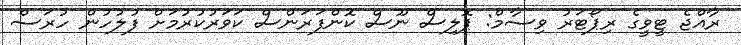
ރާއްޖެ ޓީވީގެ ރިޕޯޓަރު ވިސާމް: ޕޮލިސް ނޫސް ކޮންފަރަންސް ކަވަރުކުރުމަށް ފުލުހުން ހުރަސް